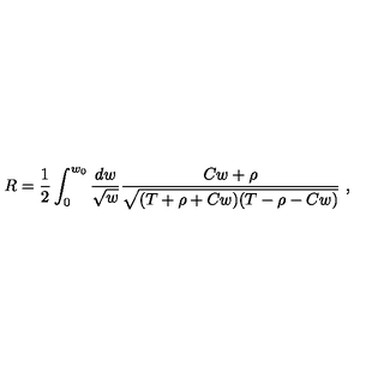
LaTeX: R = \frac { 1 } { 2 } \int _ { 0 } ^ { w _ { 0 } } \frac { d w } { \sqrt { w } } \frac { C w + \rho } { \sqrt { ( T + \rho + C w ) ( T - \rho - C w ) } } \ ,